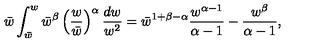
\bar { w } \int _ { \bar { w } } ^ { w } \bar { w } ^ { \beta } \left( { \frac { w } { \bar { w } } } \right) ^ { \alpha } { \frac { d w } { w ^ { 2 } } } = \bar { w } ^ { 1 + \beta - \alpha } { \frac { w ^ { \alpha - 1 } } { \alpha - 1 } } - { \frac { w ^ { \beta } } { \alpha - 1 } } ,